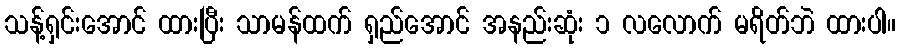
သန့်ရှင်းအောင် ထားပြီး သာမန်ထက် ရှည်အောင် အနည်းဆုံး ၁ လလောက် မရိတ်ဘဲ ထားပါ။